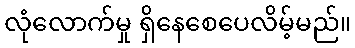
လုံလောက်မှု ရှိနေစေပေလိမ့်မည်။